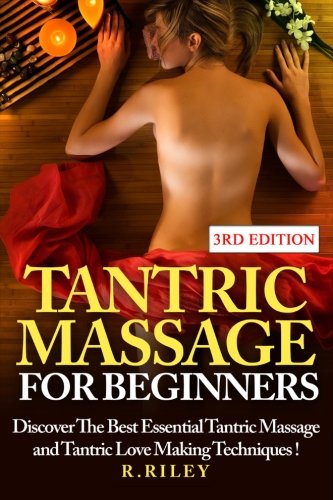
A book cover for Tantric Massage For Beginners: Discover The Best Essential Tantric Massage And Tantric Love Making Techniques!; R. Riley; Religion & Spirituality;